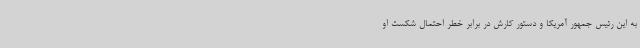
به این رئیس جمهور آمریکا و دستور کارش در برابر خطر احتمال شکست او